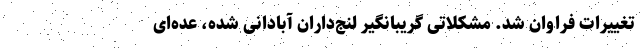
تغییرات فراوان شد. مشکلاتی گریبانگیر لنج‌داران آبادانی شده، عده‌ای